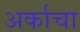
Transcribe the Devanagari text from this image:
अर्काचा